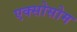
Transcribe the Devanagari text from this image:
एक्सोसोम